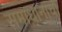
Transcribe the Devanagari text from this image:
समाधानाचा